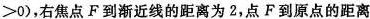
> 0 )$$，右焦点F到渐近线的距离为2，点F到原点的距离